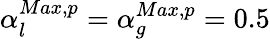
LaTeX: \alpha_{l}^{Max,p}=\alpha_{g}^{Max,p}=0.5